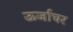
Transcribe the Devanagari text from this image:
ऊर्जाघर